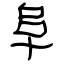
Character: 阜